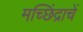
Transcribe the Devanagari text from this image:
मच्छिंद्राचें